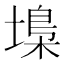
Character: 𡏭